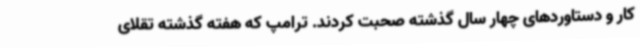
کار و دستاوردهای چهار سال گذشته صحبت کردند. ترامپ که هفته گذشته تقلای